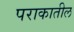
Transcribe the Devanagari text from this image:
पराकातील